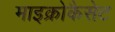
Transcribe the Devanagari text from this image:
माइक्रोकैसेट